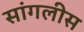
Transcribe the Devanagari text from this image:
सांगलीस